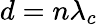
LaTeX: d=n\lambda_{c}